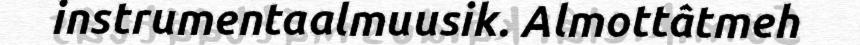
instrumentaalmuusik. Almottâtmeh